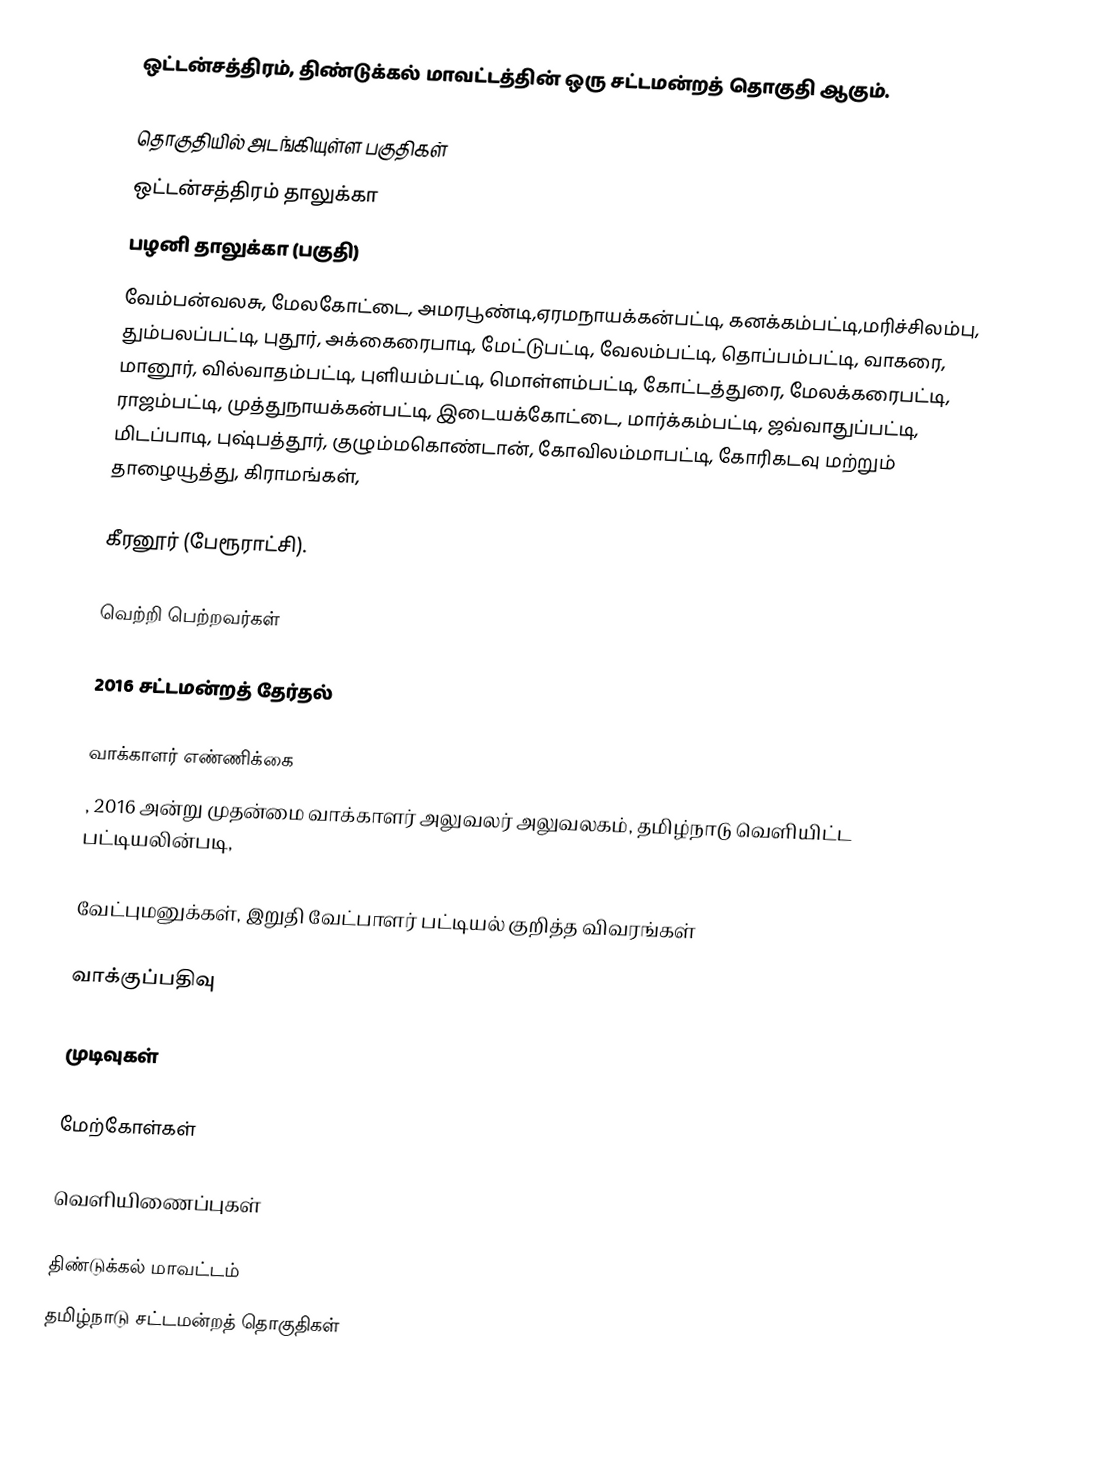
ஒட்டன்சத்திரம், திண்டுக்கல் மாவட்டத்தின் ஒரு சட்டமன்றத் தொகுதி ஆகும்.

தொகுதியில் அடங்கியுள்ள பகுதிகள்
ஒட்டன்சத்திரம் தாலுக்கா
பழனி தாலுக்கா (பகுதி)
வேம்பன்வலசு, மேலகோட்டை, அமரபூண்டி,ஏரமநாயக்கன்பட்டி, கனக்கம்பட்டி,மரிச்சிலம்பு, தும்பலப்பட்டி, புதூர், அக்கைரைபாடி, மேட்டுபட்டி, வேலம்பட்டி, தொப்பம்பட்டி, வாகரை, மானூர், வில்வாதம்பட்டி, புளியம்பட்டி, மொள்ளம்பட்டி, கோட்டத்துரை, மேலக்கரைபட்டி, ராஜம்பட்டி, முத்துநாயக்கன்பட்டி, இடையக்கோட்டை, மார்க்கம்பட்டி, ஜவ்வாதுப்பட்டி, மிடப்பாடி, புஷ்பத்தூர், குழும்மகொண்டான், கோவிலம்மாபட்டி, கோரிகடவு மற்றும் தாழையூத்து, கிராமங்கள்,

கீரனூர் (பேரூராட்சி).

வெற்றி பெற்றவர்கள்

2016 சட்டமன்றத் தேர்தல்

வாக்காளர் எண்ணிக்கை
, 2016 அன்று முதன்மை வாக்காளர் அலுவலர் அலுவலகம், தமிழ்நாடு வெளியிட்ட பட்டியலின்படி,

வேட்புமனுக்கள், இறுதி வேட்பாளர் பட்டியல் குறித்த விவரங்கள்

வாக்குப்பதிவு

முடிவுகள்

மேற்கோள்கள்

வெளியிணைப்புகள்

திண்டுக்கல் மாவட்டம்
தமிழ்நாடு சட்டமன்றத் தொகுதிகள்